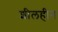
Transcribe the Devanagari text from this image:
शीलहीन